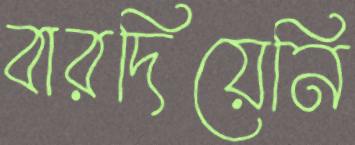
বারদিয়েনি